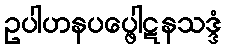
ဥပါဟနပပ္ဖေါဋနသဒ္ဒံ